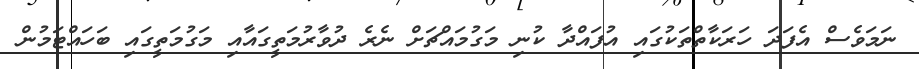
ނަމަވެސް އެފަދަ ހަރަކާތްތަކުގައި އުފައްދާ ކުނި މަގުމައްޗަށް ނެރެ ދުވާރުމަތީގައާއި މަގުމަތީގައި ބަހައްޓަމުން